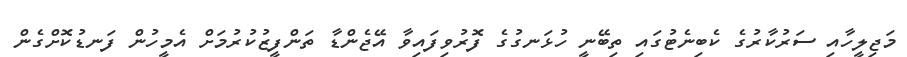
މަޖިލީހާއި ސަރުކާރުގެ ކެބިނެޓުގައި ތިބޭނީ ހުޅަނގުގެ ފޮރުވިފައިވާ އޭޖެންޑާ ތަންފީޒުކުރުމަށް އެމީހުން ފަނޑުކޮށްގެން